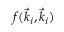
f ( \vec { k } _ { i } , \vec { k } _ { i } )